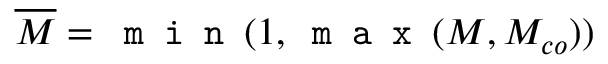
\overline { { M } } = \texttt { m i n } ( 1 , \texttt { m a x } ( M , M _ { c o } ) )